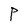
Character: P